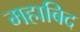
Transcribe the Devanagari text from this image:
महाबिद